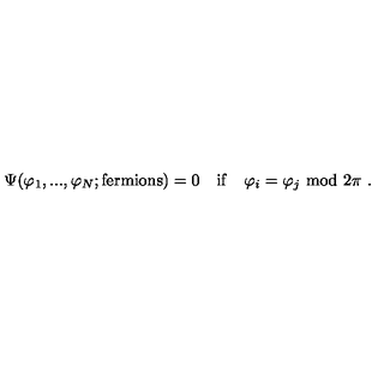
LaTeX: \Psi ( \varphi _ { 1 } , . . . , \varphi _ { N } ; \mathrm { f e r m i o n s } ) = 0 \quad \mathrm { i f } \quad \varphi _ { i } = \varphi _ { j } \ \mathrm { m o d } \ 2 \pi \ .